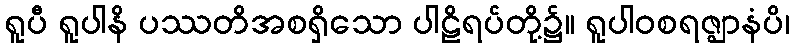
ရူပီ ရူပါနိ ပဿတိအစရှိသော ပါဠိရပ်တို့၌။ ရူပါဝစရဇ္ဈာနံပိ၊